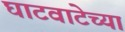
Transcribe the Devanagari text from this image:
घाटवाटेच्या